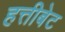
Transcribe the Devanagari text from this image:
हत्तीबेट